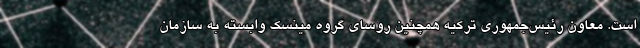
است. معاون رئیس‌جمهوری ترکیه همچنین روسای گروه مینسک وابسته به سازمان